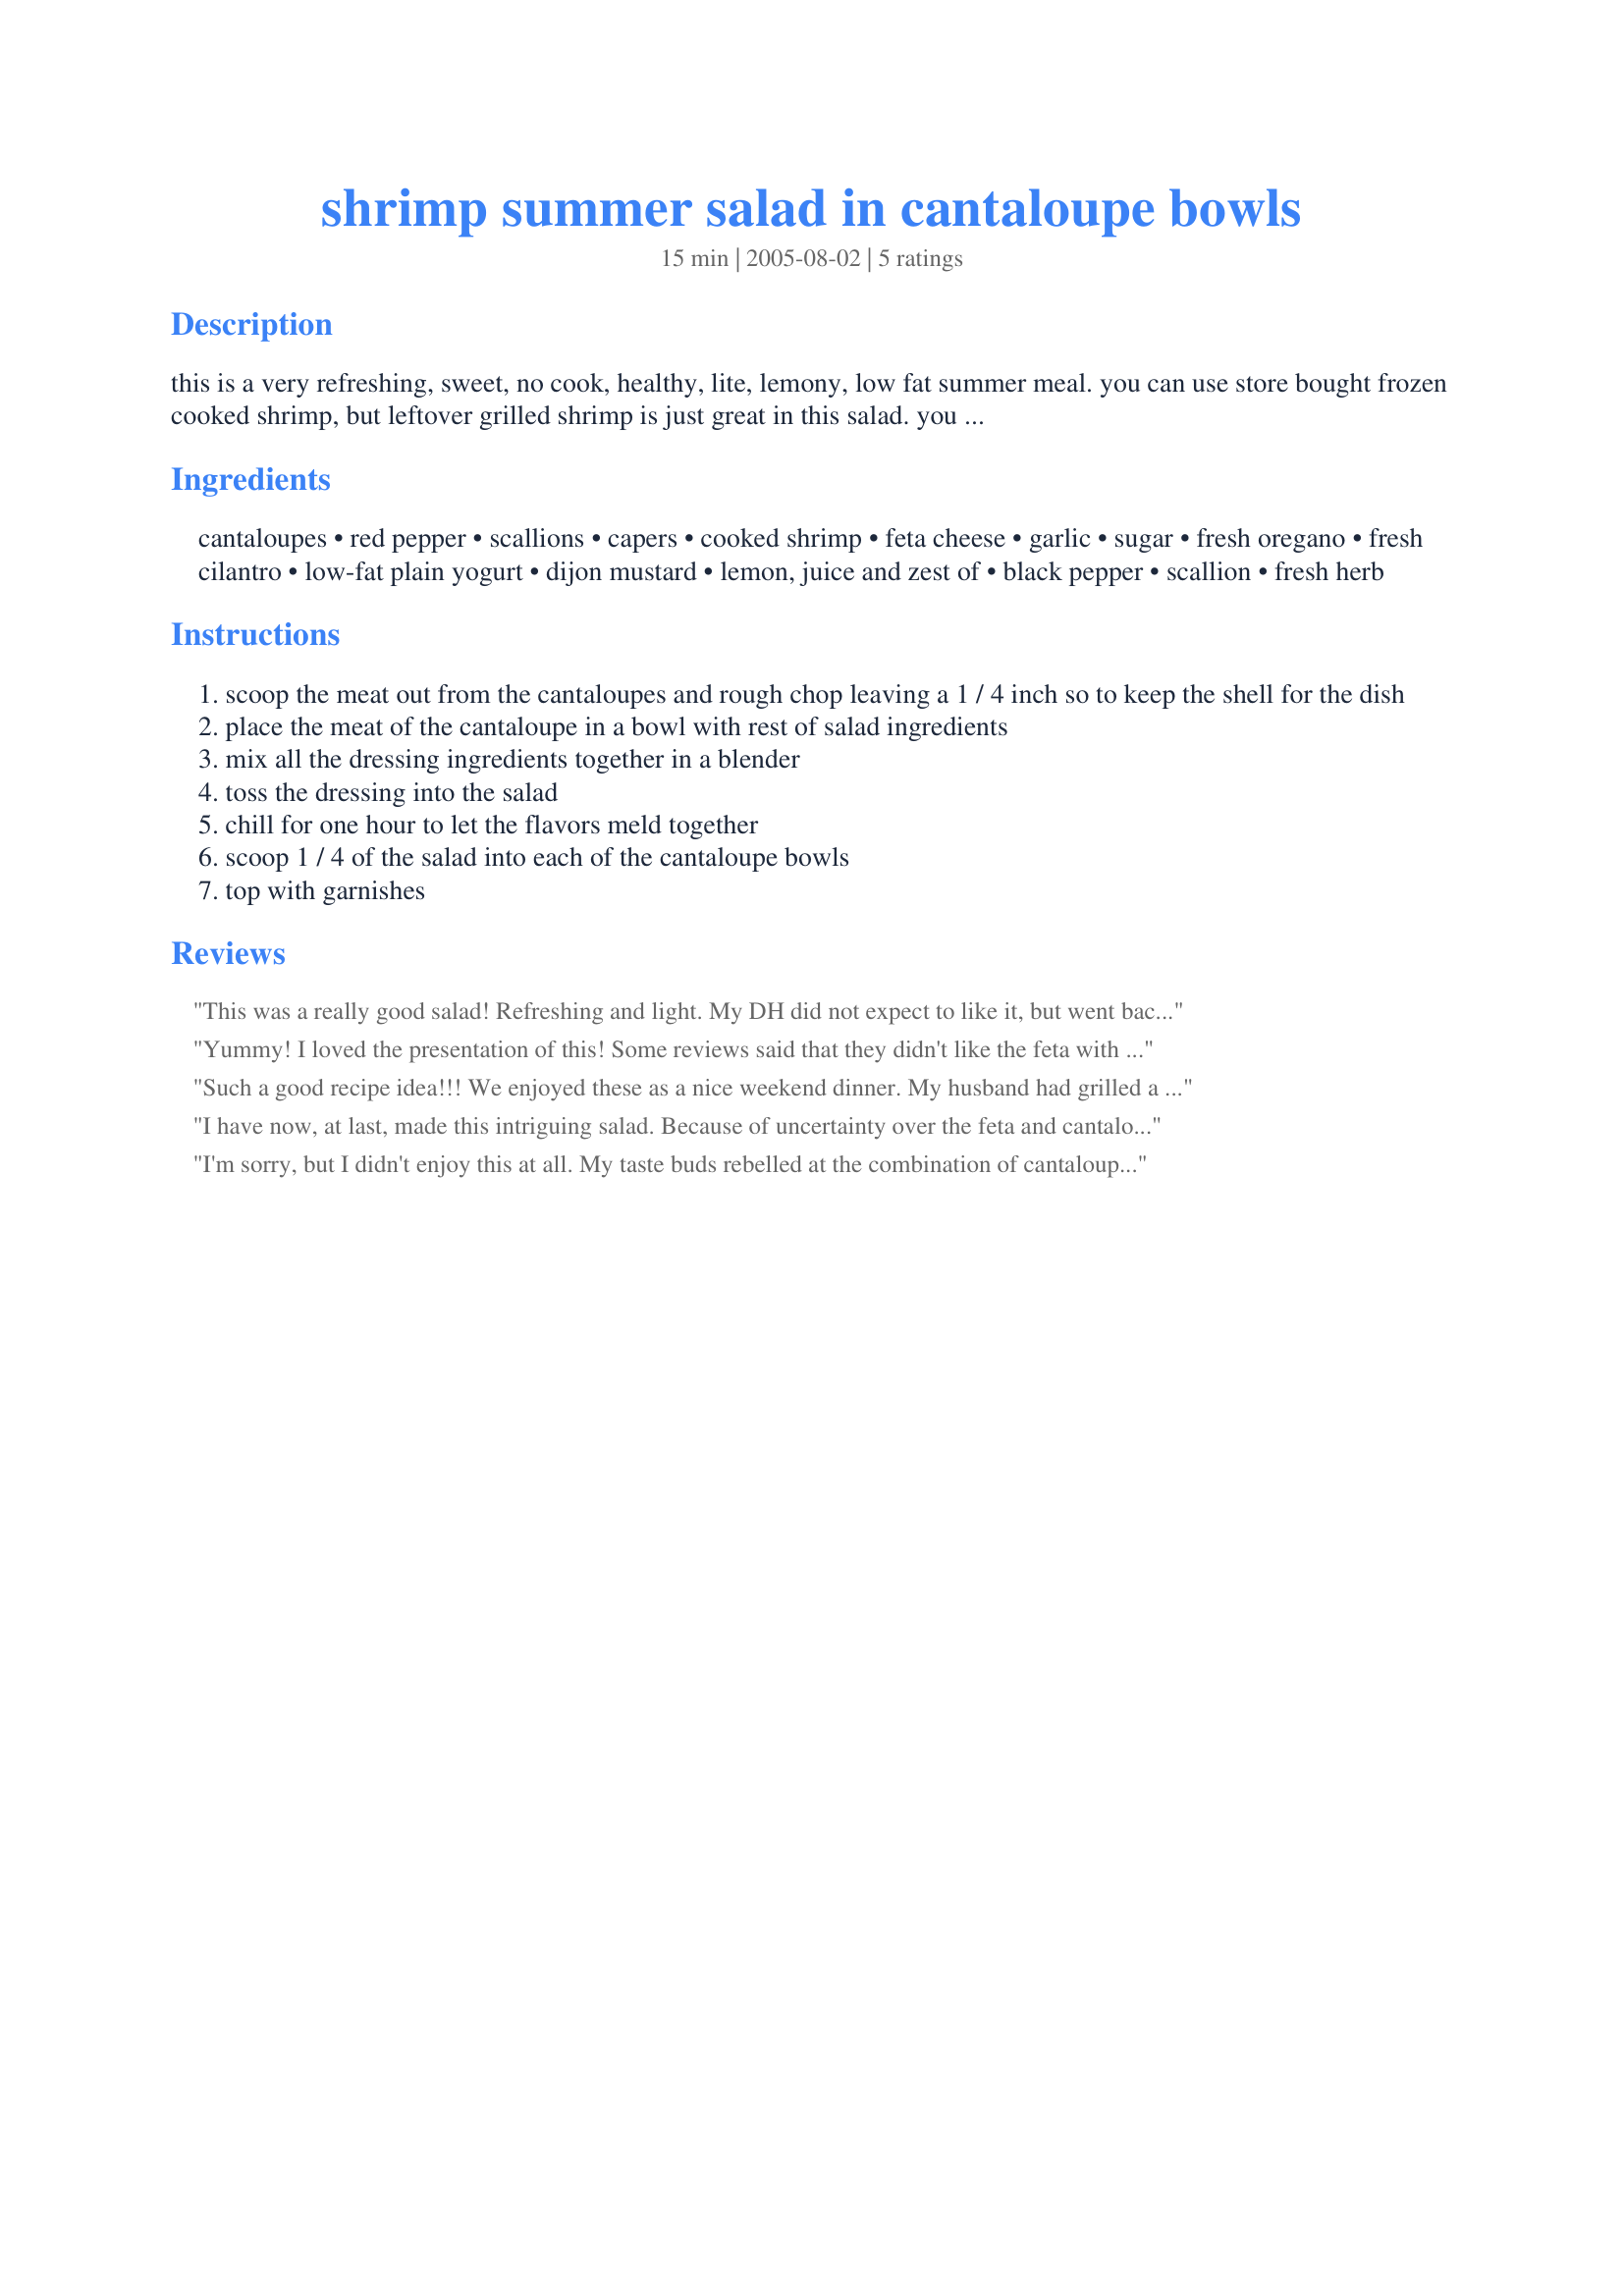
shrimp summer salad in cantaloupe bowls
Preparation time: 15 minutes

this is a very refreshing, sweet, no cook, healthy, lite, lemony, low fat summer meal.
you can use store bought frozen cooked shrimp, but leftover grilled shrimp is just great in this salad.
you don't need to salt because the capers, and feta are salty and lemon is a substitute for salt. but if you are a lover of salt taste first.

Ingredients:
cantaloupes, red pepper, scallions, capers, cooked shrimp, feta cheese, garlic, sugar, fresh oregano, fresh cilantro, low-fat plain yogurt, dijon mustard, lemon, juice and zest of, black pepper, scallion, fresh herb

Steps:
scoop the meat out from the cantaloupes and rough chop leaving a 1 / 4 inch so to keep the shell for the dish
place the meat of the cantaloupe in a bowl with rest of salad ingredients
mix all the dressing ingredients together in a blender
toss the dressing into the salad
chill for one hour to let the flavors meld together
scoop 1 / 4 of the salad into each of the cantaloupe bowls
top with garnishes

Reviews:
This was a really good salad! Refreshing and light. My DH did not expect to like it, but went back for seconds!
Yummy! I loved the presentation of this! Some reviews said that they didn't like the feta with the cantaloupe, but I liked the combination of sweet and salty. The dressing also worked really well with the shrimp salad. Some of the cantaloupe juice came out into the dressing giving it a little sweetness. This was such a light, refreshing summer salad. Thanks Rita!
Such a good recipe idea!!! We enjoyed these as a nice weekend dinner. My husband had grilled a citrus seafood dish the night before and we were left with a handful of jumbo shrimp and I had made a dish of yogurt cheese recently so I when I saw this as an option by one of my team mates for ZWT3 and JUST HAD to try it!!! I can't imagine why anyone would have doubts about cantaloupe and feta being fabulous compliments for one another and the rest of this dish falls into place wonderfully. I had an abundance of peppers on hand so I included yellow, green and just a touch of jalapeno in with the red...I was a little frightened of the caper idea at first but with some taste testing decided that they were working beautifully with the other ingredients. I was about to call it done before even making the dressing - it was that good all ready...and I'm kind of a "dressing on the side" type of girl, but I went right on along with it anyway - and although I was out of some key ingredients; (no fresh herb greens left , I had to substitute some fresh baby spinach & I skipped the sugar) it was still remarkably tasty!!! I am so glad I tried it!! We both LOVED it... I ate mine over a bed of lettuce tucked into my cantaloupe bowl without the shrimp and my husband filled his "bowl" to the brim with the whole mixture and was caught holding it in his hands to sip up every last bit...I guess that's what they mean about "licking your plate clean"!!! A wonderful salad...I will be making this all summer!! For me it works fine with or without the shrimp. It makes a lovely salad dish - creative and special with an absolutely beautiful presentation!! Thank you ~Rita~ for sharing!!!
I have now, at last, made this intriguing salad. Because of uncertainty over the feta and cantaloupe together, I substituted cheddar, cut into small cubes. Cantaloupes or sweet melon are now at their very best here in SA (Jan. 07). I didn't cut the shrimps as they were fairly small. The capers were a surprising counterpoint to the tastes in this salad! I think I used more than the recipe specifies, and loved it.

I also wish to apologise humbly for previously having made comments on this recipe without trying it, and having the gall to hand out stars. I was new to Zaar and very naive. 

Rita, this is a very original idea, most delicious, and I would love to rate it 4 1/2 stars. Husband and I scoffed the lot. Maybe this mix of tastes will not be everyone's cup of tea, but for something different on a hot summer's evening it's really rather special.
I'm sorry, but I didn't enjoy this at all. My taste buds rebelled at the combination of cantaloupe and feta. I was eager to try it, because it seemed like such a creative use of the recipe contest ingredients, but I couldn't eat more than a bite. If everyone else who tries it likes it, I hope my low review won't hurt its chances, but this just did not suit my taste.
